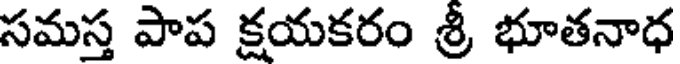
సమస్త పాప క్షయకరం శ్రీ భూతనాధ